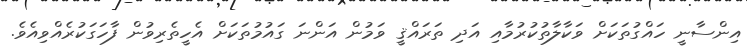
އިންސާނީ ހައްގުތަަކަށް ވަކާލާތުކުރުމާއި އަދި ތަރައްޤީ ވަމުން އަންނަ ގައުމުތަކަށް އެހީތެރިވުން ފާހަގަކުރެއްވިއެވެ.